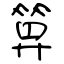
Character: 算